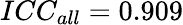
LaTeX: ICC_{all}=0.909